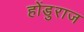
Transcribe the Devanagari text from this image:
होंडुराज